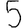
Digit: 5